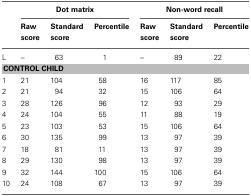
<table><thead><tr><td></td><td colspan="3"><b>Dot matrix</b></td><td colspan="3"><b>Non-word recall</b></td></tr><tr><td></td><td><b>Raw score</b></td><td><b>Standard score</b></td><td><b>Percentile</b></td><td><b>Raw score</b></td><td><b>Standard score</b></td><td><b>Percentile</b></td></tr></thead><tbody><tr><td>L</td><td>–</td><td>63</td><td>1</td><td>–</td><td>89</td><td>22</td></tr><tr><td colspan="7"><b>CONTROL CHILD</b></td></tr><tr><td>1</td><td>21</td><td>104</td><td>58</td><td>16</td><td>117</td><td>85</td></tr><tr><td>2</td><td>21</td><td>94</td><td>32</td><td>15</td><td>106</td><td>64</td></tr><tr><td>3</td><td>28</td><td>126</td><td>96</td><td>12</td><td>93</td><td>29</td></tr><tr><td>4</td><td>24</td><td>104</td><td>55</td><td>11</td><td>88</td><td>19</td></tr><tr><td>5</td><td>23</td><td>103</td><td>53</td><td>15</td><td>106</td><td>64</td></tr><tr><td>6</td><td>30</td><td>135</td><td>99</td><td>13</td><td>97</td><td>39</td></tr><tr><td>7</td><td>18</td><td>81</td><td>11</td><td>13</td><td>97</td><td>39</td></tr><tr><td>8</td><td>29</td><td>130</td><td>98</td><td>13</td><td>97</td><td>39</td></tr><tr><td>9</td><td>32</td><td>144</td><td>100</td><td>15</td><td>106</td><td>64</td></tr><tr><td>10</td><td>24</td><td>108</td><td>67</td><td>13</td><td>97</td><td>39</td></tr></tbody></table>